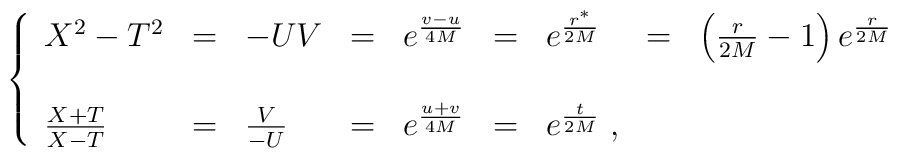
\left\{\begin{array}{lllllllll}X^2-T^2&=&-UV&=&e^{{v-u\over 4M}}&=&e^{{r^{*}\over 2M}}&=&\left({r\over 2M}-1\right)e^{{r\over 2M}}\nonumber\\\\\frac{X+T}{X-T}&=&\frac{V}{-U}&=&e^{{u+v\over 4M}}&=&e^{{t\over 2M}}\;,&&\end{array}\right.